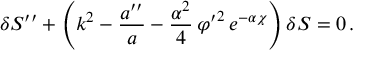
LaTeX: \delta S ^ { \prime \prime } + \left( k ^ { 2 } - \frac { a ^ { \prime \prime } } { a } - \frac { \alpha ^ { 2 } } { 4 } \, { \varphi ^ { \prime } } ^ { 2 } \, e ^ { - \alpha \chi } \right) \delta S = 0 \, .